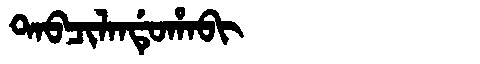
Manchu: ᡨᠠᠪᠴᡳᠯᠠᠨᡩᡠᡥᠠᠪᡳ
Romanization: TABCILANDUHABI